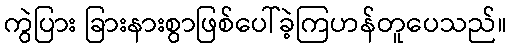
ကွဲပြား ခြားနားစွာဖြစ်ပေါ်ခဲ့ကြဟန်တူပေသည်။